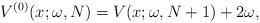
LaTeX: \begin{gather*} V^{(0) }(x;\omega ,N)=V(x;\omega ,N+1)+2\omega ,\end{gather*}